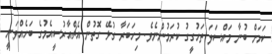
ކަމަށް ބުނާ މައްސަލަ ތަހުގީގު ކުރަމުންނެވެ. މިހަބަރާ ގުޅޭ ގޮތުން އެޗްއާރުސީއެމުގެ ބަހެއްވަނީ